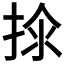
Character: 𱠂